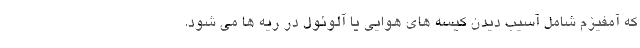
که آمفیزم شامل آسیب دیدن کیسه های هوایی یا آلوئول در ریه ها می شود.